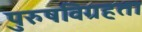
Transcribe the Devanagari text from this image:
पुरुषविग्रहता